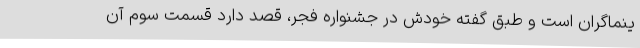
ینماگران است و طبق گفته خودش در جشنواره فجر، قصد دارد قسمت سوم آن